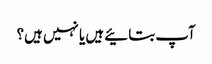
آپ بتائیے ہیں یا نہیں ہیں؟